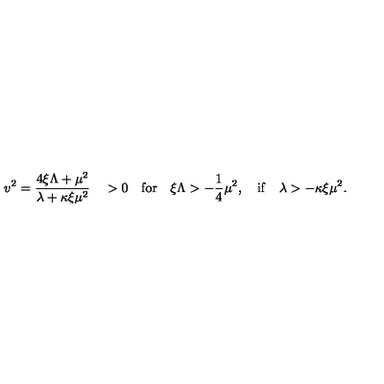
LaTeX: v ^ { 2 } = \frac { 4 \xi \Lambda + \mu ^ { 2 } } { \lambda + \kappa \xi \mu ^ { 2 } } \quad > 0 \quad \mathrm { f o r } \quad \xi \Lambda > - \frac { 1 } { 4 } \mu ^ { 2 } , \quad \mathrm { i f } \quad \lambda > - \kappa \xi \mu ^ { 2 } .